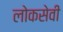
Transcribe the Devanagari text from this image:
लोकसेवी